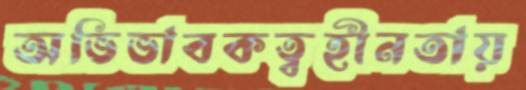
অভিভাবকত্বহীনতায়